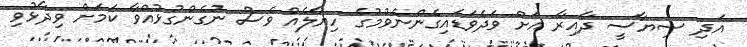
އަދި ސިޔާސީ ދާއިރާ އަށް ވަދެވަޑައިގެންނެވުމުގެ ހިޔާލެއް ވެސް ނުގެންގުޅުއްވާ ކަމަށް ވިދާޅުވި